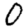
Digit: 0